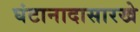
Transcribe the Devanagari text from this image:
घंटानादासारखे